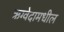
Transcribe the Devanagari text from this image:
ऋग्वेदामधील